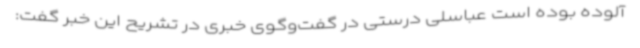
آلوده بوده است عباسلی درستی در گفت‌وگوی خبری در تشریح این خبر گفت: